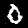
Digit: 0